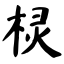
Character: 棂